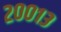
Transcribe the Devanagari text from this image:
२००१३